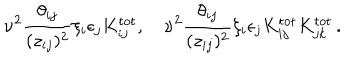
\nu ^ { 2 } { \frac { \theta _ { i j } } { ( z _ { i j } ) ^ { 2 } } } \xi _ { i } \epsilon _ { j } K _ { i j } ^ { \mathrm { t o t } } , \quad \nu ^ { 2 } { \frac { \theta _ { i j } } { ( z _ { i j } ) ^ { 2 } } } \xi _ { i } \epsilon _ { j } K _ { i j } ^ { \mathrm { t o t } } K _ { j k } ^ { \mathrm { t o t } } \, .